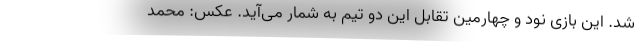
شد. این بازی نود و چهارمین تقابل این دو تیم به شمار می‌آید. عکس: محمد